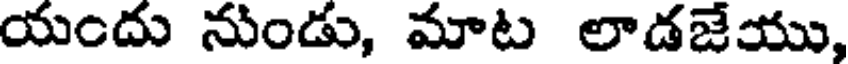
యందు నుండు, మాట లాడజేయు,